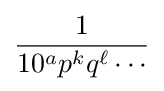
{\frac {1}{10^{a}p^{k}q^{\ell }\cdots }}